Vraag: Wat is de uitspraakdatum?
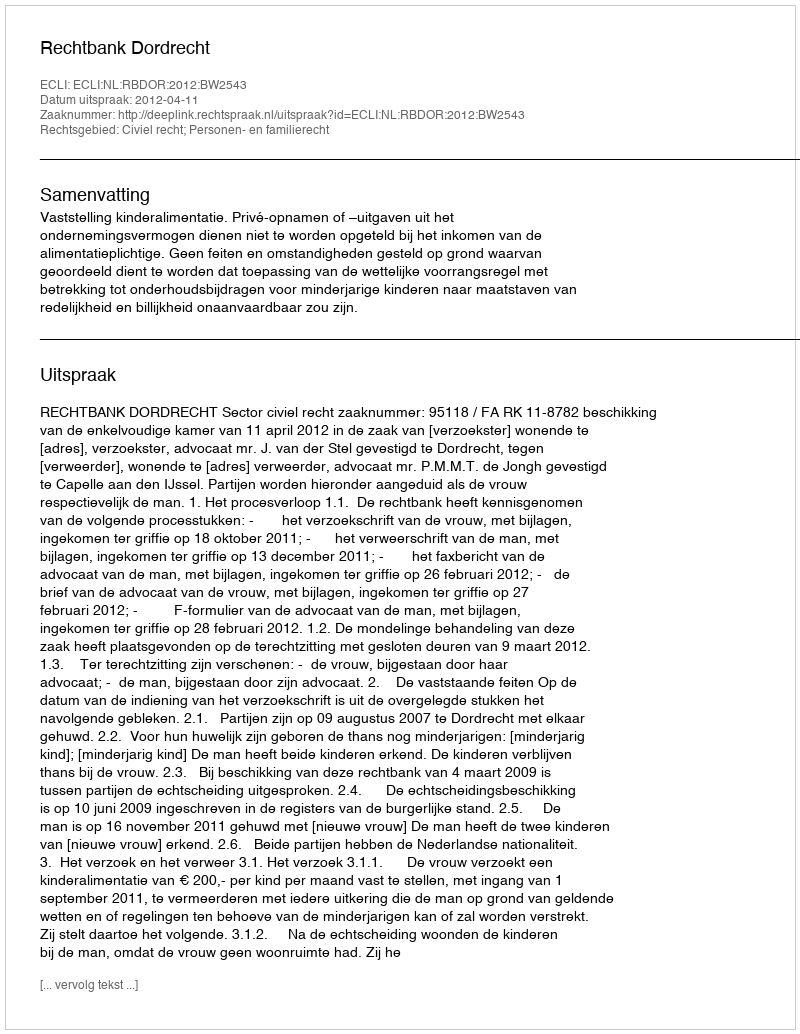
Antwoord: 2012-04-11